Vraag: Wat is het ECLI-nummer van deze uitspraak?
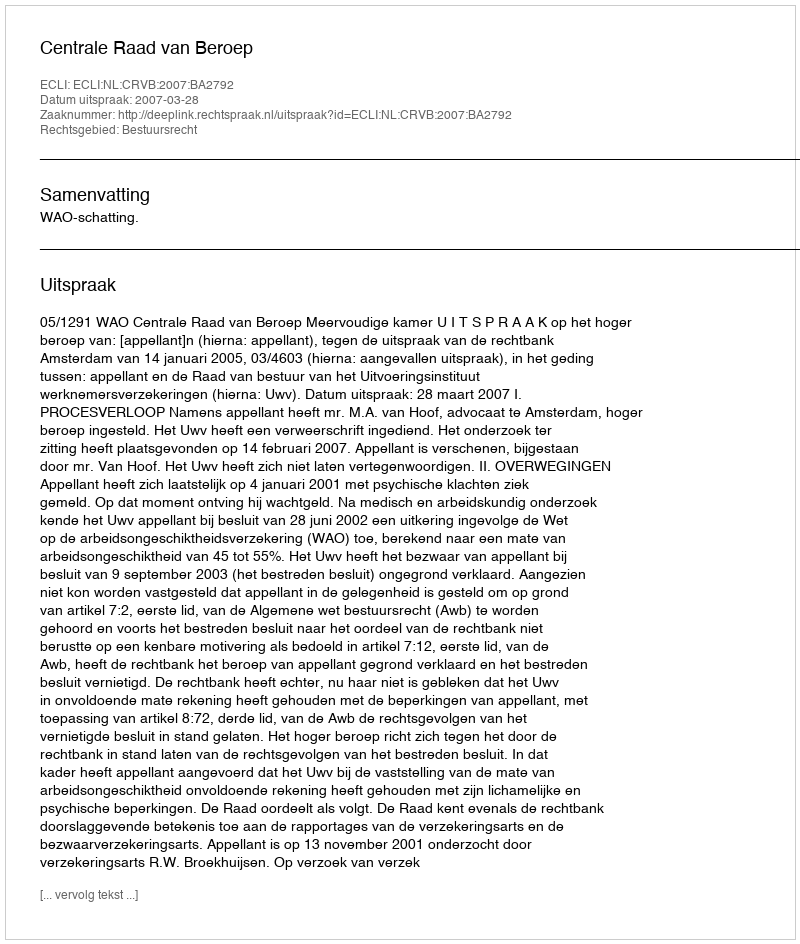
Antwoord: ECLI:NL:CRVB:2007:BA2792